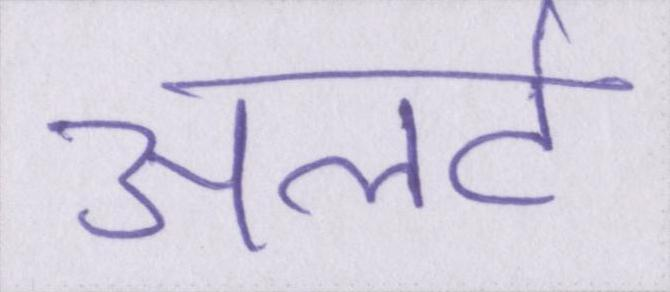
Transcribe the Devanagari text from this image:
अलर्ट